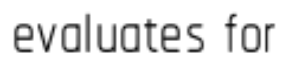
evaluates for